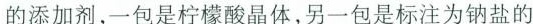
的添加剂，一包是柠檬酸晶体，另一包是标注为钠盐的